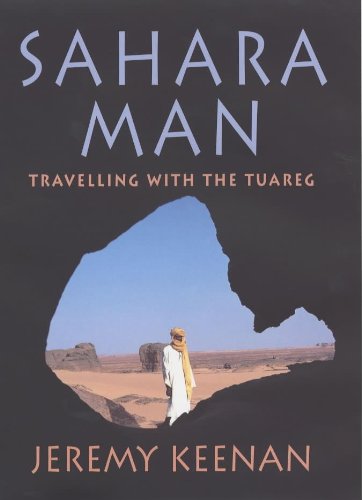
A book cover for Sahara Man: Travelling with the Tuareg; Jeremy Keenan; History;